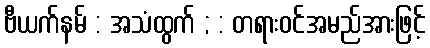
ဗီယက်နမ် : အသံထွက် ; : တရားဝင်အမည်အားဖြင့်